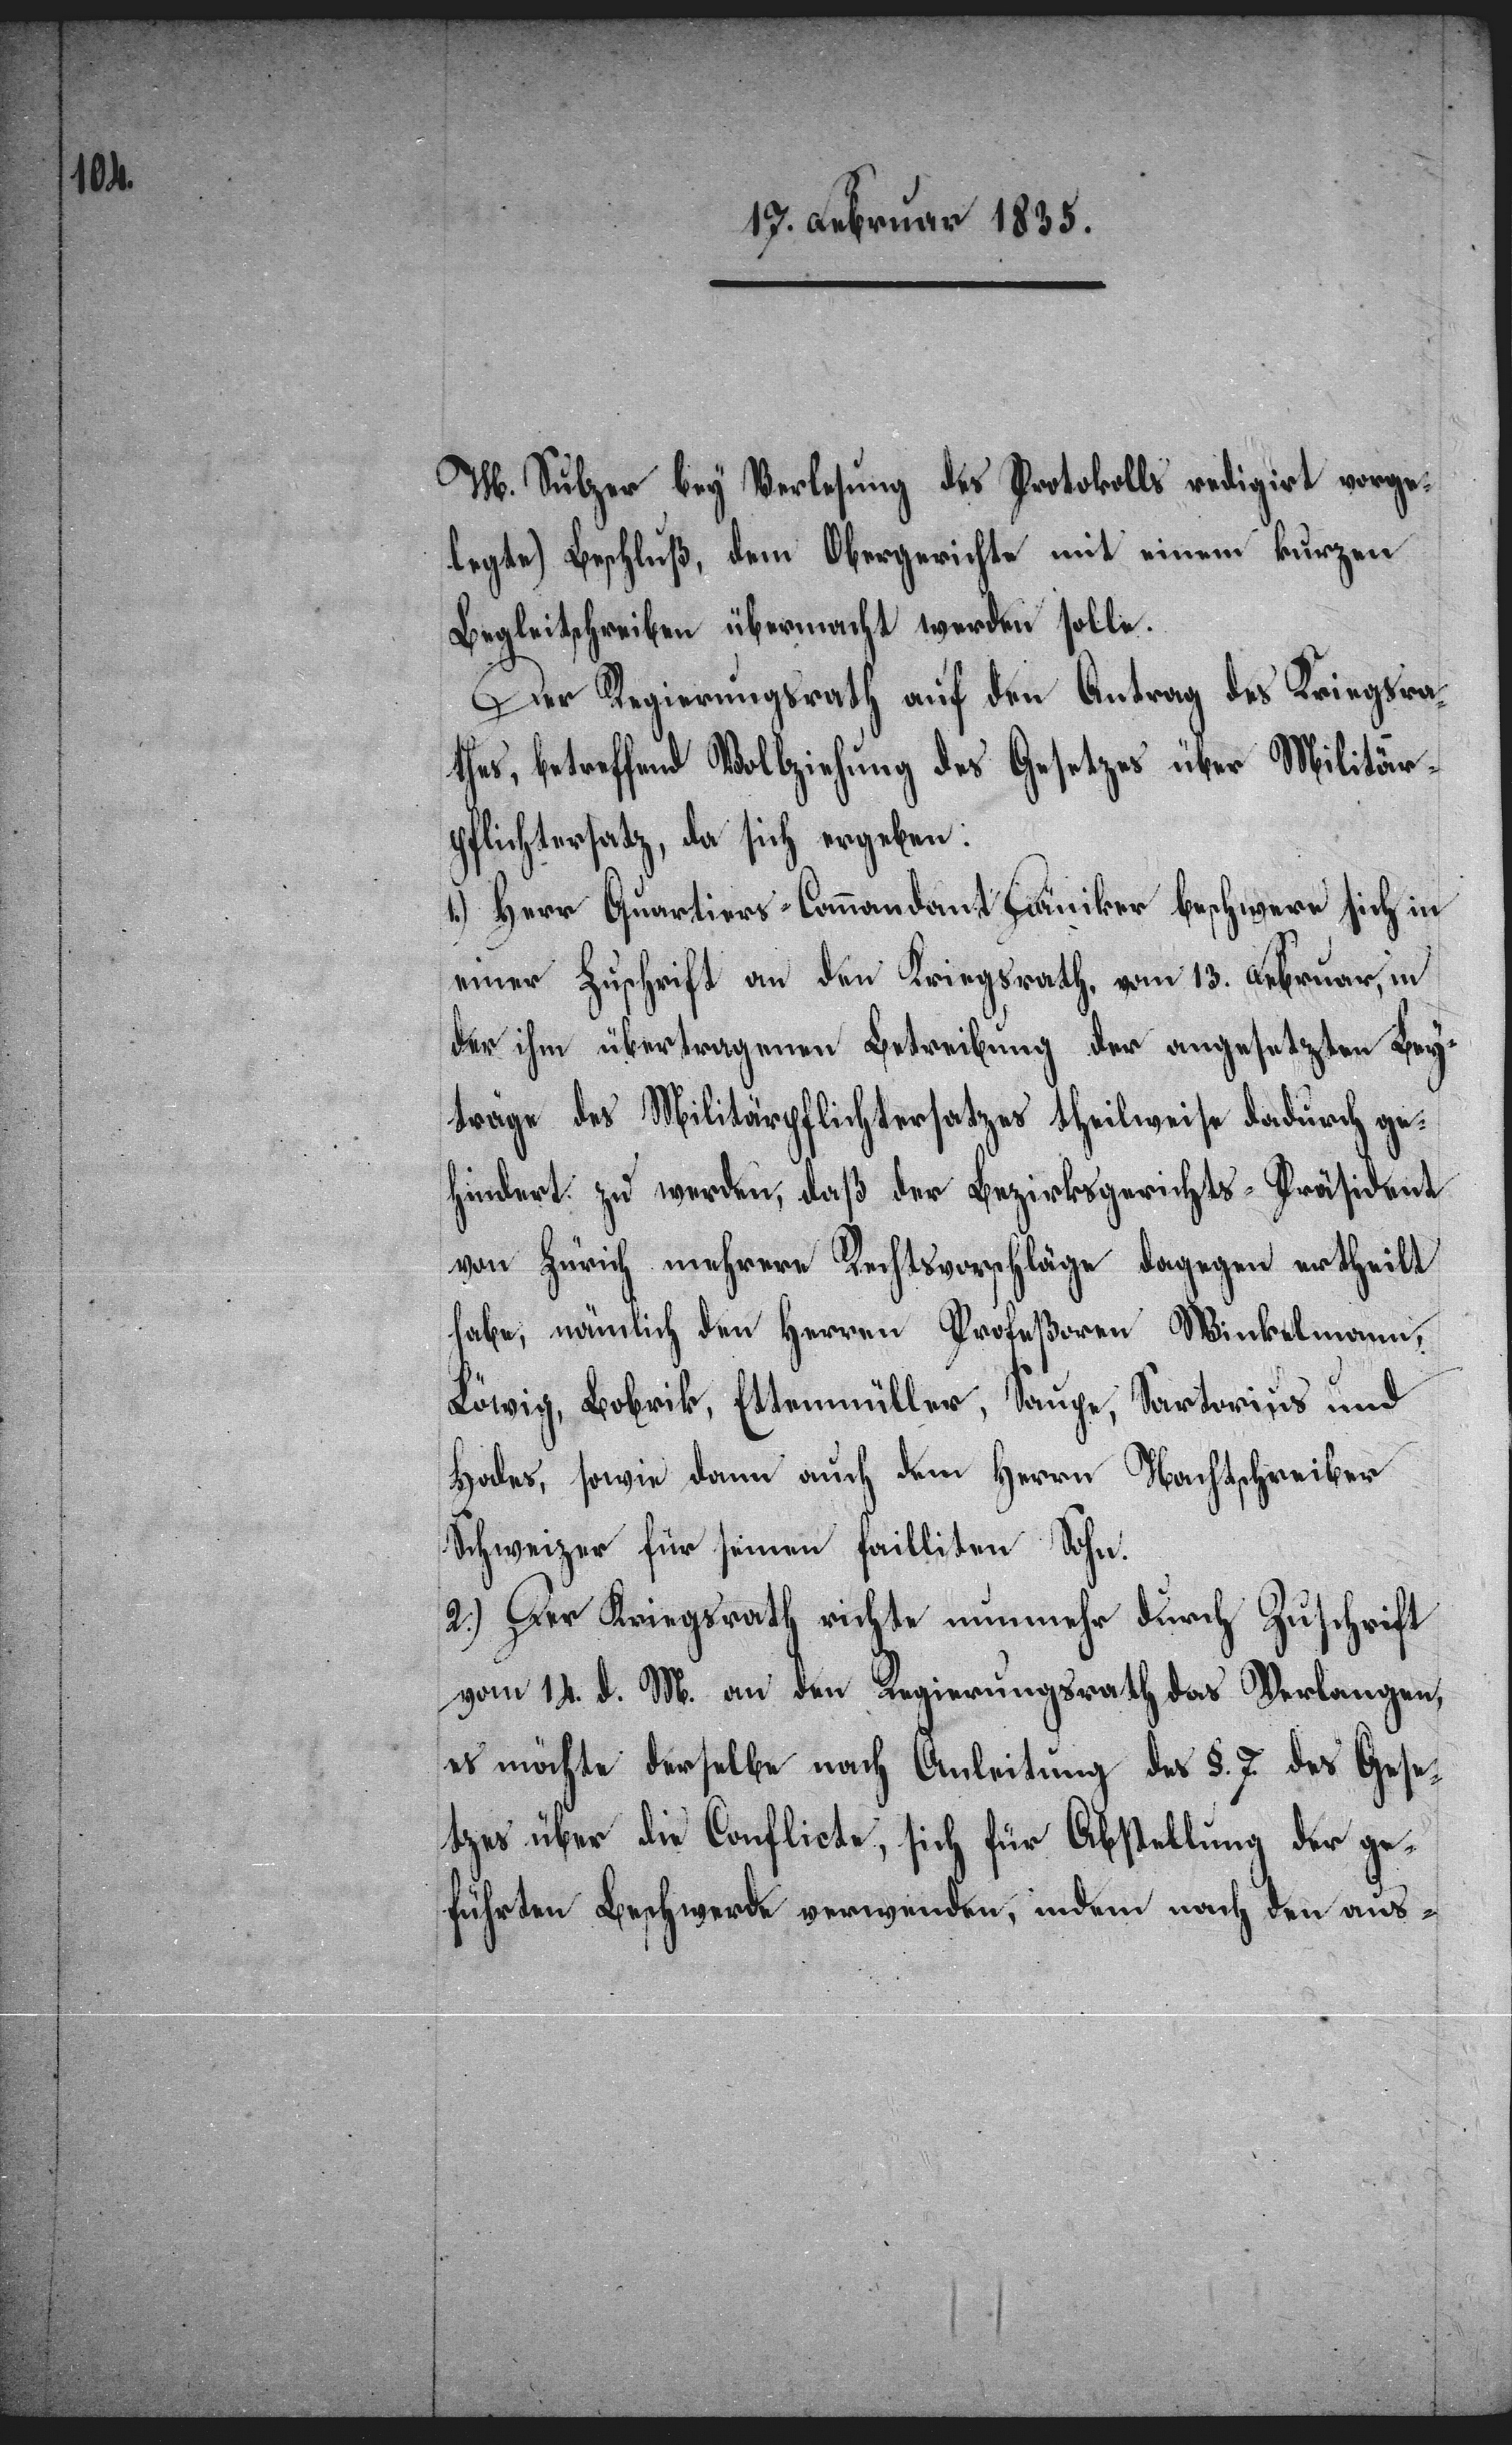
M. Sulzer bey Verlesung des Protokolls redigirt vorge¬
legte) Beschluß, dem Obergerichte mit einem kurzen
Begleitschreiben übermacht werden solle.
Der Regierungsrath auf den Antrag des Kriegsra¬
thes, betreffend Vollziehung des Gesetzes über Militär¬
pflichtersatz, da sich ergeben:
1.) Herr Quartiers-Commandant Däniker beschwere sich in
einer Zuschrift an den Kriegsrath, vom 13. Februar, in
der ihm übertragenen Betreibung der angesetzten Bey¬
träge des Militärpflichtersatzes theilweise dadurch ge¬
hindert zu werden, daß der Bezirksgerichts-Präsident
von Zürich mehrere Rechtsvorschläge dagegen ertheilt
habe, nämlich den Herren Profeßoren Winkelmann,
Löwig, Bobrik, Ettenmüller, Saupe, Sartorius und
Hodes, sowie dann auch dem Herrn Nachtschreiber
Schweizer für seinen failliten Sohn.
2.) Der Kriegsrath richte nunmehr durch Zuschrift
vom 14. d. M. an den Regierungsrath das Verlangen,
es möchte derselbe nach Anleitung des §. 7. des Gese¬
tzes über die Conflicte, sich für Abstellung der ge¬
führten Beschwerde verwenden, indem nach den aus-